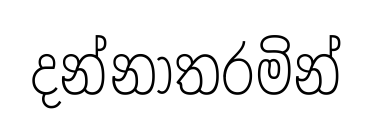
දන්නාතරමින්